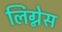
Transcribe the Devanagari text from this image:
लिग्नेस